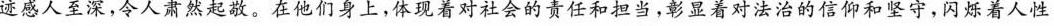
迹感人至深，令人肃然起敬。在他们身上，体现着对社会的责任和担当，彰显着对法治的信仰和坚守，闪烁着人性